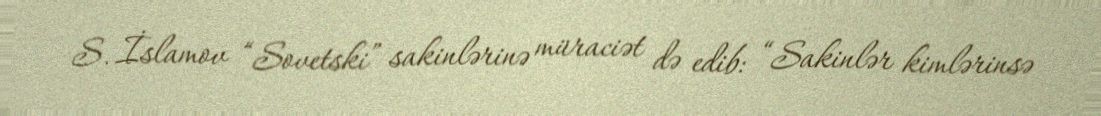
S. İslamov “Sovetski” sakinlərinə müraciət də edib: “Sakinlər kimlərinsə